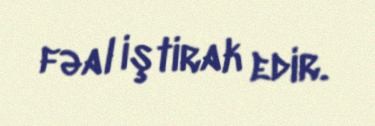
fəal iştirak edir.